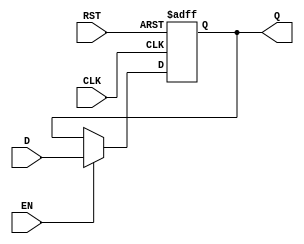
module PipelineBuffer #(
    parameter DATA_WIDTH = 8 // Specify the width of the data
)(
    input wire [DATA_WIDTH-1:0] D,    // Data Input
    input wire CLK,                    // Clock Signal
    input wire EN,                     // Enable Signal
    input wire RST,                    // Asynchronous Reset
    output reg [DATA_WIDTH-1:0] Q      // Data Output
);

// Asynchronous Reset and Data Capture on Rising Edge of Clock
always @(posedge CLK or posedge RST) begin
    if (RST) begin
        Q <= {DATA_WIDTH{1'b0}}; // Clear output to known state (zero)
    end else if (EN) begin
        Q <= D; // Capture input data when enabled
    end
    // If EN is low, Q retains its previous value
end

endmodule